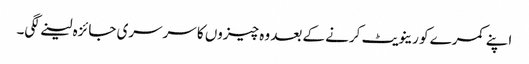
اپنے کمرے کو رینویٹ کرنے کے بعد وہ چیزوں کا سرسری جائزہ لینے لگی۔